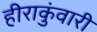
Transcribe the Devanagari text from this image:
हीराकुंवारी